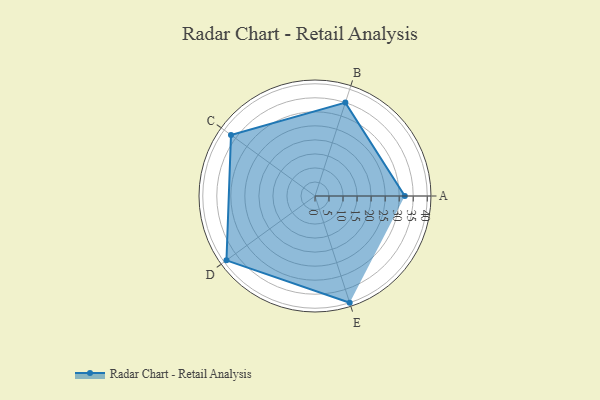
{"axis": {"x": "Skill", "y": "Score"}, "legend": ["Profile"], "data": [{"x": "A", "y": 32.0, "type": "Profile"}, {"x": "B", "y": 35.0, "type": "Profile"}, {"x": "C", "y": 37.0, "type": "Profile"}, {"x": "D", "y": 39.0, "type": "Profile"}, {"x": "E", "y": 40.0, "type": "Profile"}]}